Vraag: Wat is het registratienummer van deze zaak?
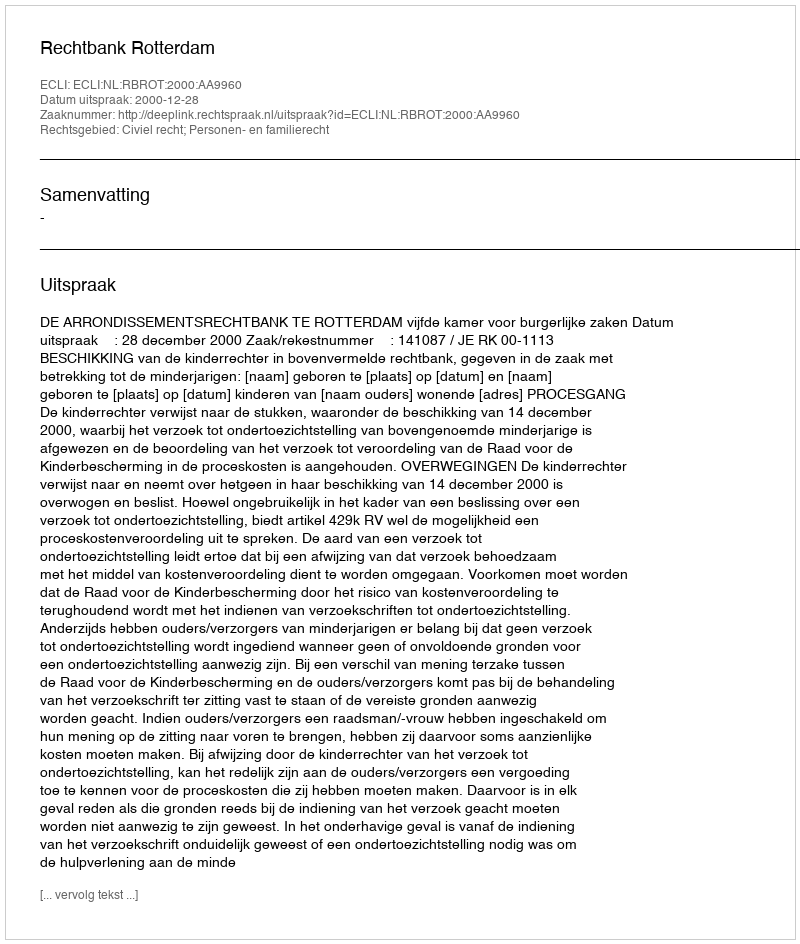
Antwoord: http://deeplink.rechtspraak.nl/uitspraak?id=ECLI:NL:RBROT:2000:AA9960